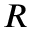
R